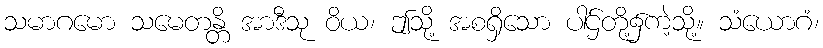
သမာဂမော သမေတန္တိ အာဒီသု ဝိယ၊ ဤသို့ အစရှိသော ပါဌ်တို့၌ကဲ့သို့။ သံယောဂံ၊